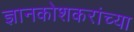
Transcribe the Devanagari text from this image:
ज्ञानकोशकरांच्या